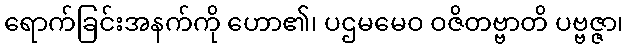
ရောက်ခြင်းအနက်ကို ဟော၏၊ ပဌမမေဝ ဝဇိတဗ္ဗာတိ ပဗ္ဗဇ္ဇာ၊